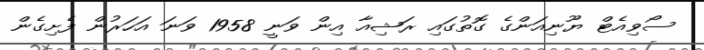
ސޯވިއެޓް ޔޫނިއަންގެ ގޮތުގައި ރަޝިއާ އިން ވަނީ 1958 ވަނަ އަހަރުން ފެށިގެން